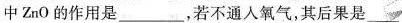
中ZnO的作用是___，若不通人氧气，其后果是___